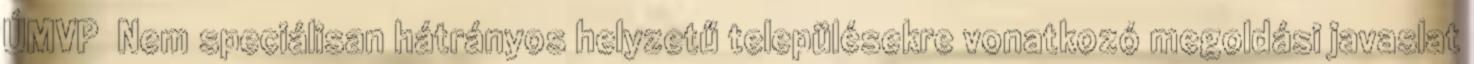
ÚMVP ▪Nem speciálisan hátrányos helyzetű településekre vonatkozó megoldási javaslat